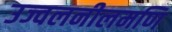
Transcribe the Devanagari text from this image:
उज्वलनीलमणि